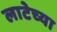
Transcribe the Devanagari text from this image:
लाटेच्या